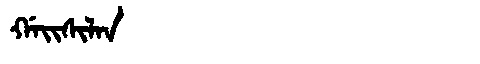
Manchu: ᡤᠠᡳᠰᡳᠯᠠᠨ
Romanization: GAISILAN